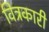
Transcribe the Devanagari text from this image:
वित्रकारी